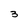
Character: 3